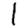
Digit: 1